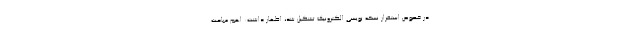
در خصوص استقرار نسخه نویسی الکترونیک تشکیل شد، اظهار داشت: اهم مباحث